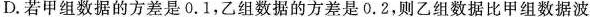
D.若甲组数据的方差是0.1，乙组数据的方差是0.2，则乙组数据比甲组数据波